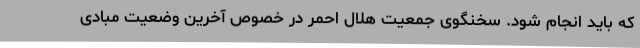
که باید انجام شود. سخنگوی جمعیت هلال احمر در خصوص آخرین وضعیت مبادی